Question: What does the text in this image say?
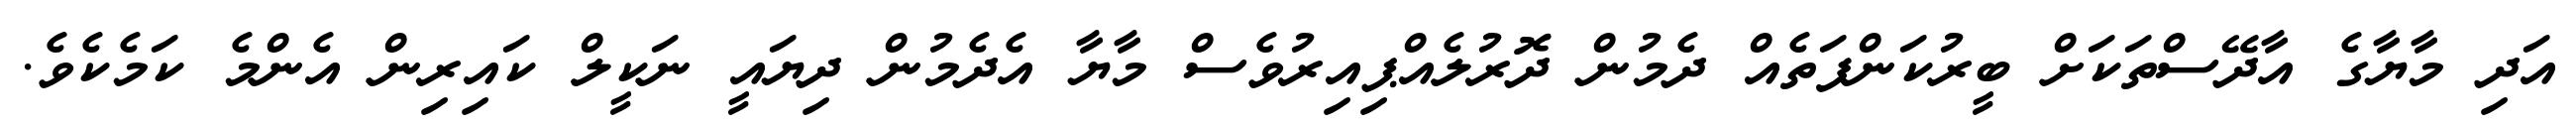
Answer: އަދި މާޔާގެ އާދޭސްތަކަށް ބީރުކަންފަތެއް ދެމުން ދޮރުލެއްޕިއިރުވެސް މާޔާ އެދެމުން ދިޔައީ ނަކީލް ކައިރިން އެންމެ ކަމެކެވެ.